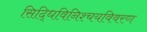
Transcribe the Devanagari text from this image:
सिद्धिविनिश्चयविवरण